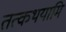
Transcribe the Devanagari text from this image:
तत्कथयामि